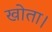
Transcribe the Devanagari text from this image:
खोता।